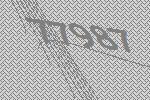
77987